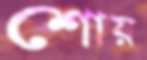
শোয়